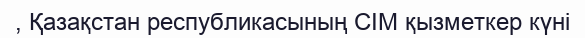
, Қазақстан республикасының СІМ қызметкер күні